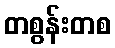
တစွန်းတစ